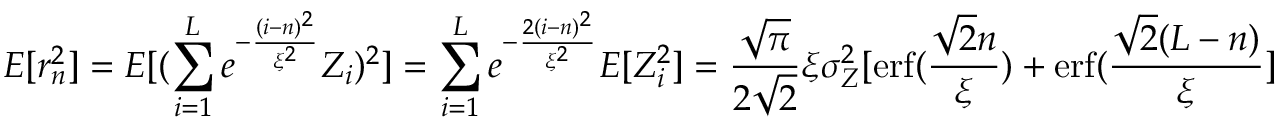
E [ r _ { n } ^ { 2 } ] = E [ ( \sum _ { i = 1 } ^ { L } e ^ { - \frac { ( i - n ) ^ { 2 } } { \xi ^ { 2 } } } Z _ { i } ) ^ { 2 } ] = \sum _ { i = 1 } ^ { L } e ^ { - \frac { 2 ( i - n ) ^ { 2 } } { \xi ^ { 2 } } } E [ Z _ { i } ^ { 2 } ] = \frac { \sqrt { \pi } } { 2 \sqrt { 2 } } \xi \sigma _ { Z } ^ { 2 } [ \operatorname { e r f } ( \frac { \sqrt { 2 } n } { \xi } ) + \operatorname { e r f } ( \frac { \sqrt { 2 } ( L - n ) } { \xi } ]